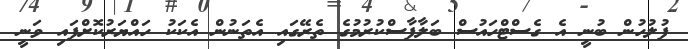
ފުލުހުން ބުނީ އެ ގެސްޓްހައުސް ބަލާފާސްކުރުމުގެ ތެރޭގައި އެތަނުން އެކަކު ހައްޔަރުކޮށްފައި ވަނީ